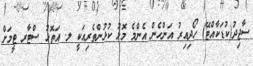
ސާޖިދު(ކުޑަކާއްޓޭ) ހޯދިއިރު އަންހެން އެންމެ މޮޅު ކުޅުންތެރިއަކީ ލ. އަތޮޅު ސްޓާރ ޓީމަށް